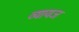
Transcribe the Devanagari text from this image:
व्‍यायज